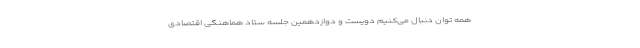
همه توان دنبال می‌کنیم دویست و دوازدهمین جلسه ستاد هماهنگی اقتصادی